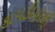
કાપડીયાળી